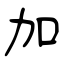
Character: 加